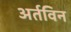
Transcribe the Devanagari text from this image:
अर्तविन